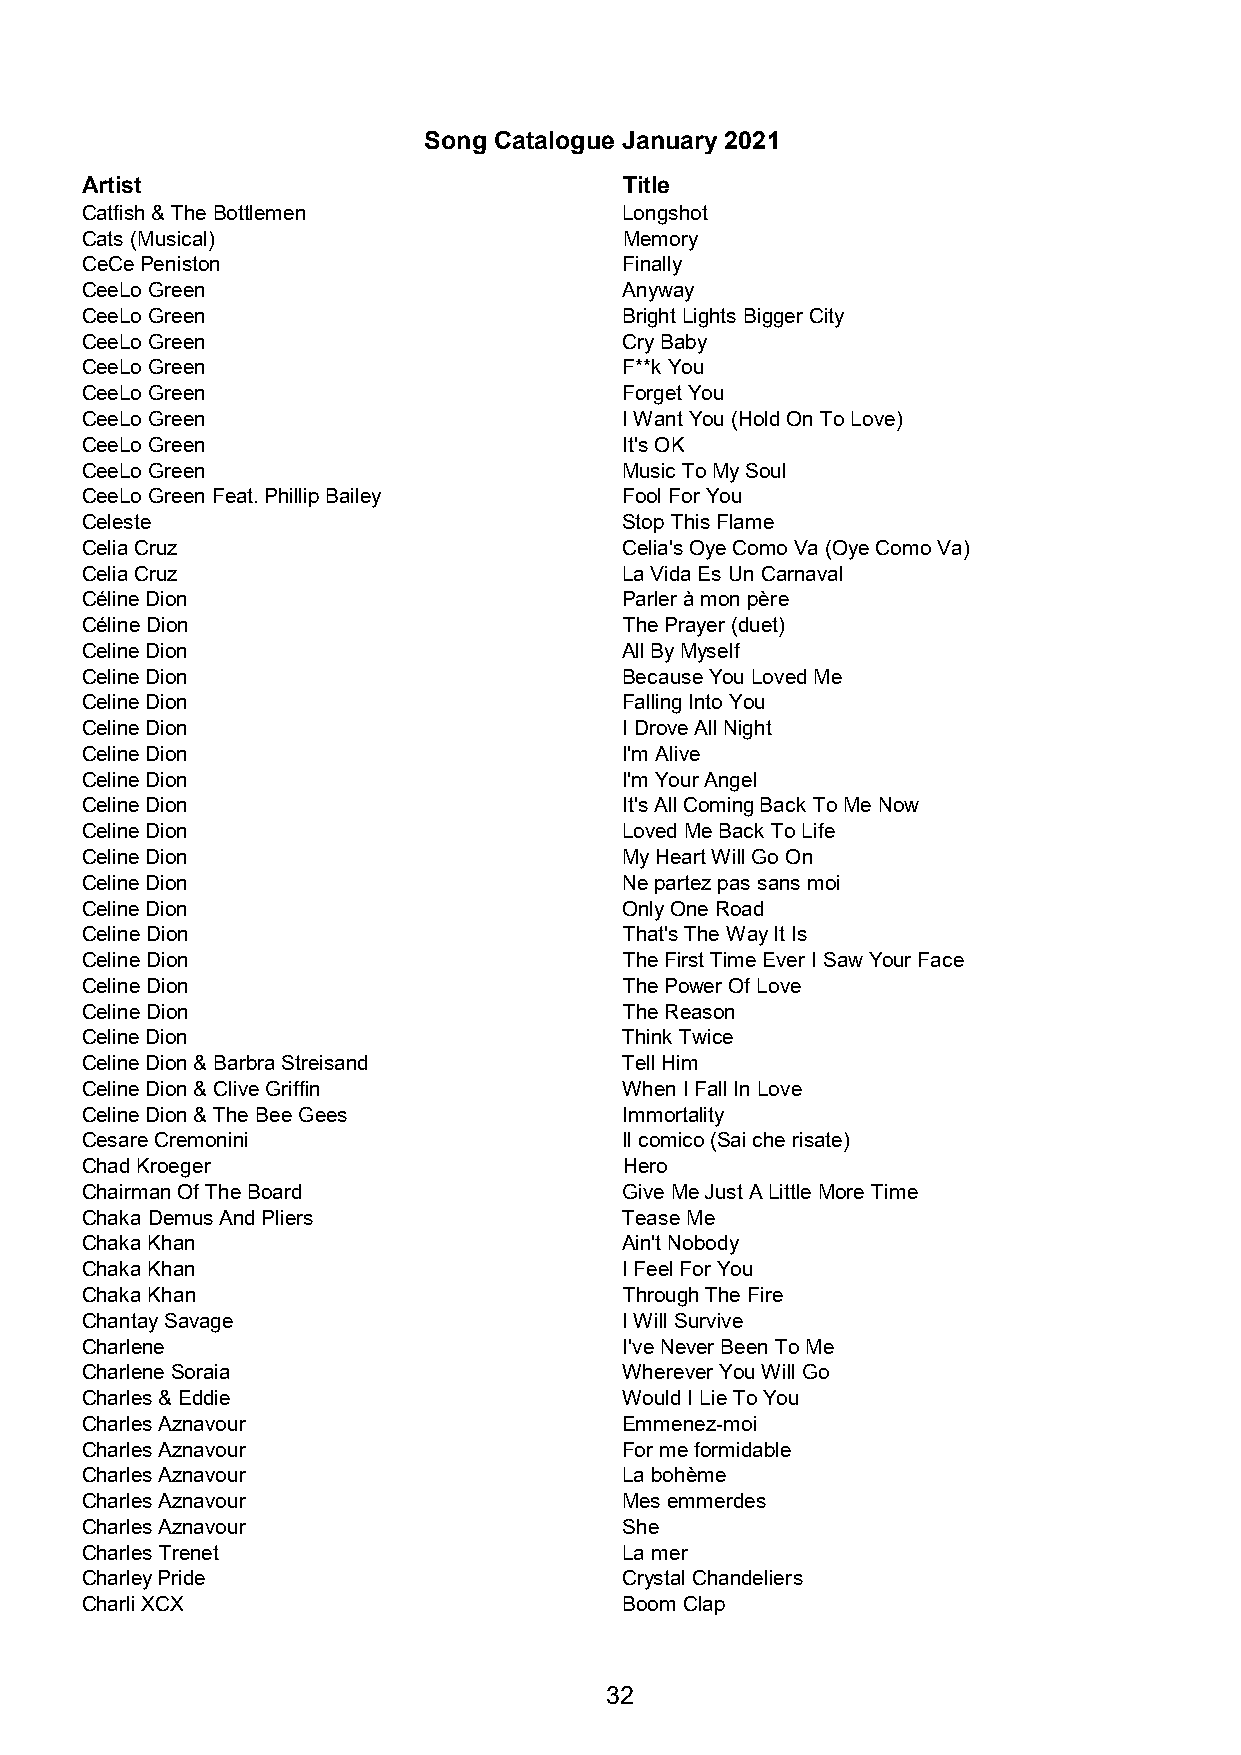
Song Catalogue January 2021
 Artist                              Title
 Catfish & The Bottlemen             Longshot
 Cats (Musical)                      Memory
 CeCe Peniston                       Finally
 CeeLo Green                         Anyway
 CeeLo Green                         Bright Lights Bigger City
 CeeLo Green                         Cry Baby
 CeeLo Green                         F**k You
 CeeLo Green                         Forget You
 CeeLo Green                         I Want You (Hold On To Love)
 CeeLo Green                         It's OK
 CeeLo Green                         Music To My Soul
 CeeLo Green Feat. Phillip Bailey    Fool For You
 Celeste                             Stop This Flame
 Celia Cruz                          Celia's Oye Como Va (Oye Como Va)
 Celia Cruz                          La Vida Es Un Carnaval
 Céline Dion                         Parler à mon père
 Céline Dion                         The Prayer (duet)
 Celine Dion                         All By Myself
 Celine Dion                         Because You Loved Me
 Celine Dion                         Falling Into You
 Celine Dion                         I Drove All Night
 Celine Dion                         I'm Alive
 Celine Dion                         I'm Your Angel
 Celine Dion                         It's All Coming Back To Me Now
 Celine Dion                         Loved Me Back To Life
 Celine Dion                         My Heart Will Go On
 Celine Dion                         Ne partez pas sans moi
 Celine Dion                         Only One Road
 Celine Dion                         That's The Way It Is
 Celine Dion                         The First Time Ever I Saw Your Face
 Celine Dion                         The Power Of Love
 Celine Dion                         The Reason
 Celine Dion                         Think Twice
 Celine Dion & Barbra Streisand      Tell Him
 Celine Dion & Clive Griffin         When I Fall In Love
 Celine Dion & The Bee Gees          Immortality
 Cesare Cremonini                    Il comico (Sai che risate)
 Chad Kroeger                        Hero
 Chairman Of The Board               Give Me Just A Little More Time
 Chaka Demus And Pliers              Tease Me
 Chaka Khan                          Ain't Nobody
 Chaka Khan                          I Feel For You
 Chaka Khan                          Through The Fire
 Chantay Savage                      I Will Survive
 Charlene                            I've Never Been To Me
 Charlene Soraia                     Wherever You Will Go
 Charles & Eddie                     Would I Lie To You
 Charles Aznavour                    Emmenez-moi
 Charles Aznavour                    For me formidable
 Charles Aznavour                    La bohème
 Charles Aznavour                    Mes emmerdes
 Charles Aznavour                    She
 Charles Trenet                      La mer
 Charley Pride                       Crystal Chandeliers
 Charli XCX                          Boom Clap
 32